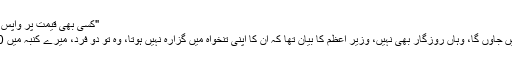
"کسی بھی قیمت پر واپس پاکستان نہیں جاوں گا، وہاں روزگار
"کسی بھی قیمت پر واپس پاکستان نہیں جاوں گا، وہاں روزگار بھی نہیں، وزیر اعظم کا بیان تھا کہ ان کا اپنی تنخواہ میں گزارہ نہیں ہوتا، وہ تو دو فرد، میرے کنبہ میں 10 افراد ہیں میں کیسے گزارا کروں؟